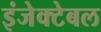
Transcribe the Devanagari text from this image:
इंजेक्टेबल